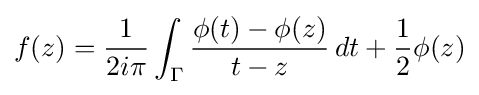
f(z)={1 \over 2i\pi }\int _{\Gamma }{\phi (t)-\phi (z) \over {t-z}}\,dt+{1 \over 2}\phi (z)